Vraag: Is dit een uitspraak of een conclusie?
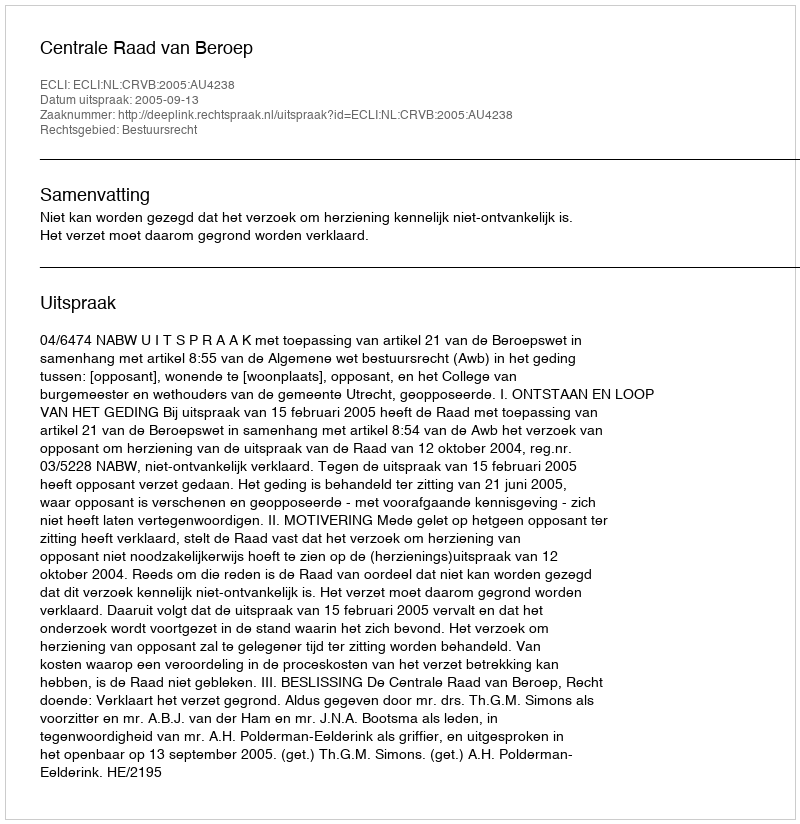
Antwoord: Uitspraak